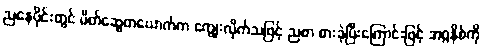
ညနေပိုင်းတွင် မိတ်ဆွေတယောက်က ကျွေးလိုက်သဖြင့် ညစာ စားခဲ့ပြီးကြောင်းဖြင့် အဂ္ဂနိစ်ကို